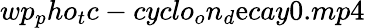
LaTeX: wp_{p}ho_{t}c-cyclo_{o}n_{d}\mathrm{e}cay0.mp4